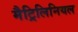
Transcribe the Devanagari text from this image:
मैट्रिलिनियल